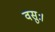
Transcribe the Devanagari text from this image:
वसुः।